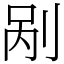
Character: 剐